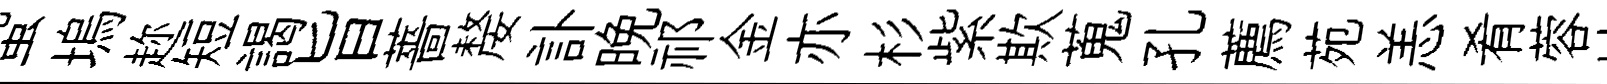
蛩塢趂短謁旨薔嫠訃晚祁金亦杉紫欺蒐孔薦苑恙肴蓉址